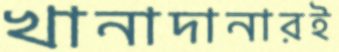
খানাদানারই